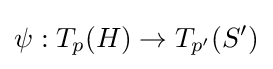
\psi :T_{p}(H)\rightarrow T_{p'}(S')